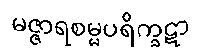
မဇ္ဇာရစမ္မပရိက္ခဋာ